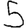
Digit: 5